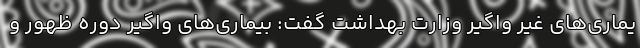
یماری‌های غیر واگیر وزارت بهداشت گفت: بیماری‌های واگیر دوره ظهور و